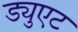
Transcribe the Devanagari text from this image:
ड्युएट